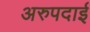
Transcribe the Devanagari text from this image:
अरुपदाई